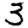
Digit: 3